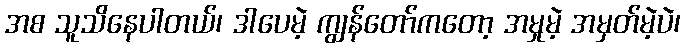
အစ သူသိနေပါတယ်၊ ဒါပေမဲ့ ကျွန်တော်ကတော့ အမှုမဲ့ အမှတ်မဲ့ပဲ၊